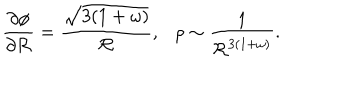
LaTeX: \frac { \partial \phi } { \partial { \cal R } } = \frac { \sqrt { 3 ( 1 + \omega ) } } { { \cal R } } , \rho \sim \frac { 1 } { { \cal R } ^ { 3 ( 1 + \omega ) } } .